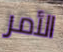
الأمر